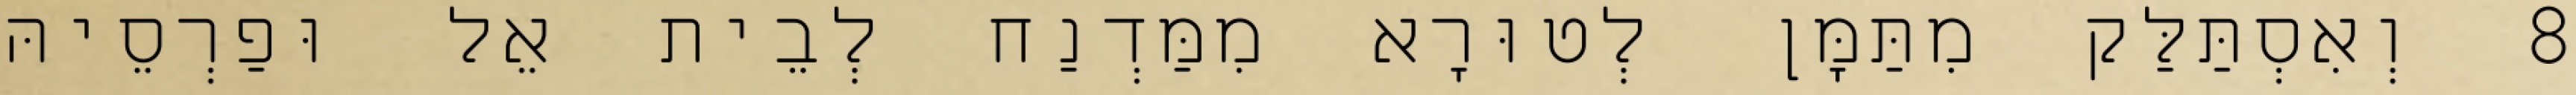
8 וְאִסְתַּלַּק מִתַּמָּן לְטוּרָא מִמַּדְנַח לְבֵית אֵל וּפַרְסֵיהּ